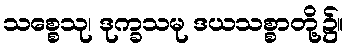
သစ္စေသု၊ ဒုက္ခသမု ဒယသစ္စာတို့၌။